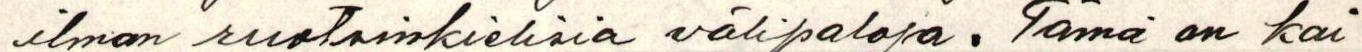
ilman ruotsinkielisia välipaloja. Tämä on kai